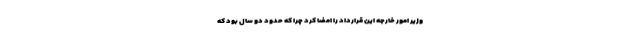
وزیر امور خارجه این قرارداد را امضا کرد چرا که حدود دو سال بود که